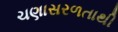
ચણાસરળતાથી